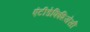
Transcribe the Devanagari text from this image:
एंटीडेफिशियेंसी